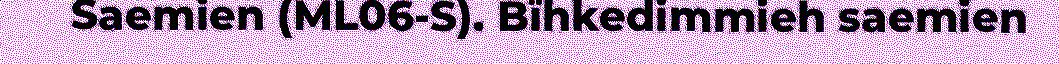
Saemien (ML06-S). Bïhkedimmieh saemien